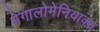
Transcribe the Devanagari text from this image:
मेगालोमेनियाक्स